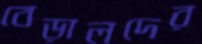
বেড়ালদের